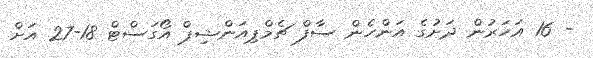
- 16 އަހަރުން ދަށުގެ އަންހެން ސާފް ޗެމްޕިއަންޝިޕް އޯގަސްޓް 18-27 އަށް